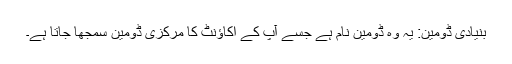
بنیادی ڈومین: یہ وہ ڈومین نام ہے جسے آپ کے اکاؤنٹ کا مرکزی ڈومین سمجھا جاتا ہے۔